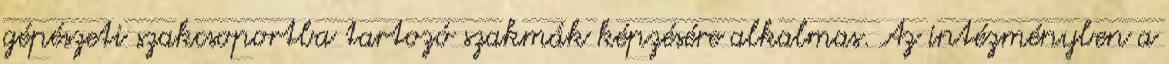
gépészeti szakcsoportba tartozó szakmák képzésére alkalmas. Az intézményben a